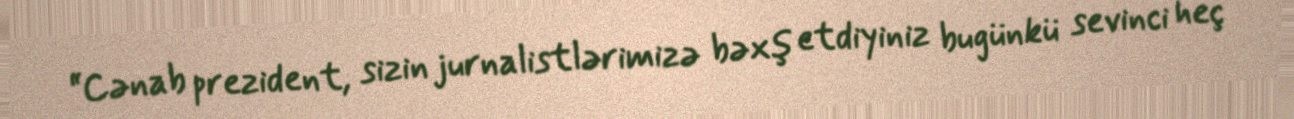
“Cənab prezident, sizin jurnalistlərimizə bəxş etdiyiniz bugünkü sevinci heç